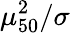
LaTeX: \mu_{50}^{2}/\sigma